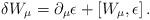
LaTeX: \begin{align*}\delta W_\mu = \partial_\mu \epsilon +[W_\mu , \epsilon ]\,.\end{align*}